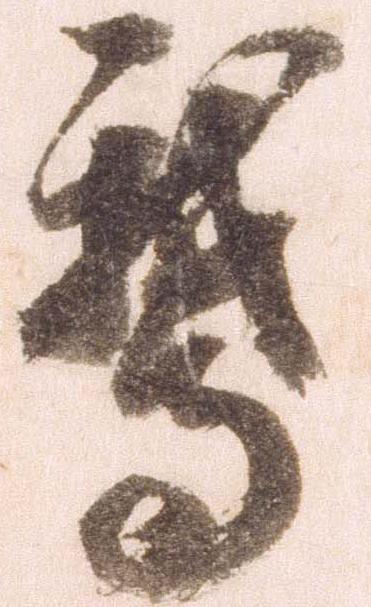
鵝